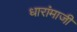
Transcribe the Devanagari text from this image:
धारांमाजी